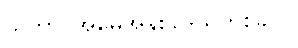
သဘာဝအမွေအနှစ်ဒေသတစ်ခုပါ။